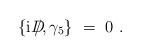
LaTeX: \begin{align*}\{{\rm i} D\!\llap{/},\gamma_5\} ~=~ 0 ~.\end{align*}